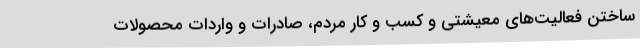
ساختن فعالیت‌های معیشتی و کسب و کار مردم، صادرات و واردات محصولات